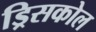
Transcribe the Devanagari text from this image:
ड्रिसकोल